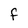
Character: f